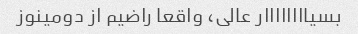
بسیاااااااار عالی، واقعا راضیم از دومینوز